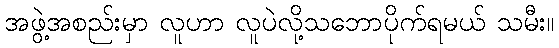
အဖွဲ့အစည်းမှာ လူဟာ လူပဲလို့သဘောပိုက်ရမယ် သမီး။